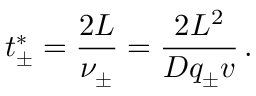
t _ { \pm } ^ { * } = \frac { 2 L } { \nu _ { \pm } } = \frac { 2 L ^ { 2 } } { D q _ { \pm } v } \, .